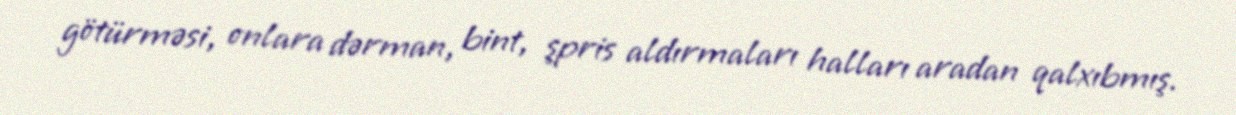
götürməsi, onlara dərman, bint, şpris aldırmaları halları aradan qalxıbmış.